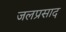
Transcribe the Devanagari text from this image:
जलप्रसाद